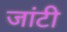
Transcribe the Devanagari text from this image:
जांटी